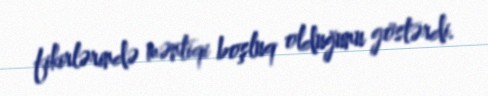
fikirlərində məntiqi boşluq olduğunu göstərdi.